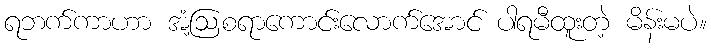
ရဘက်ကာဟာ အံ့ဩစရာကောင်းလောက်အောင် ပါရမီထူးတဲ့ မိန်းမပဲ။